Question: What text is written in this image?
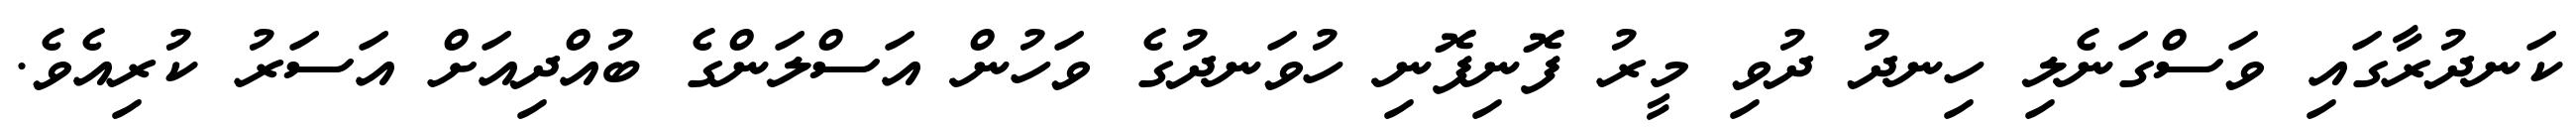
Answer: ކަނދުރާގައި ވަސްގަނެލި ހިނދު ދުވި މީރު ފޮނިފޮނި ހުވަނދުގެ ވަހުން އަސްލަންގެ ބުއްދިއަށް އަސަރު ކުރިއެވެ.